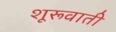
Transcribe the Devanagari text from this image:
शूरूवाती